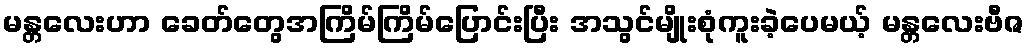
မန္တလေးဟာ ခေတ်တွေအကြိမ်ကြိမ်ပြောင်းပြီး အသွင်မျိုးစုံကူးခဲ့ပေမယ့် မန္တလေးဗီဇ